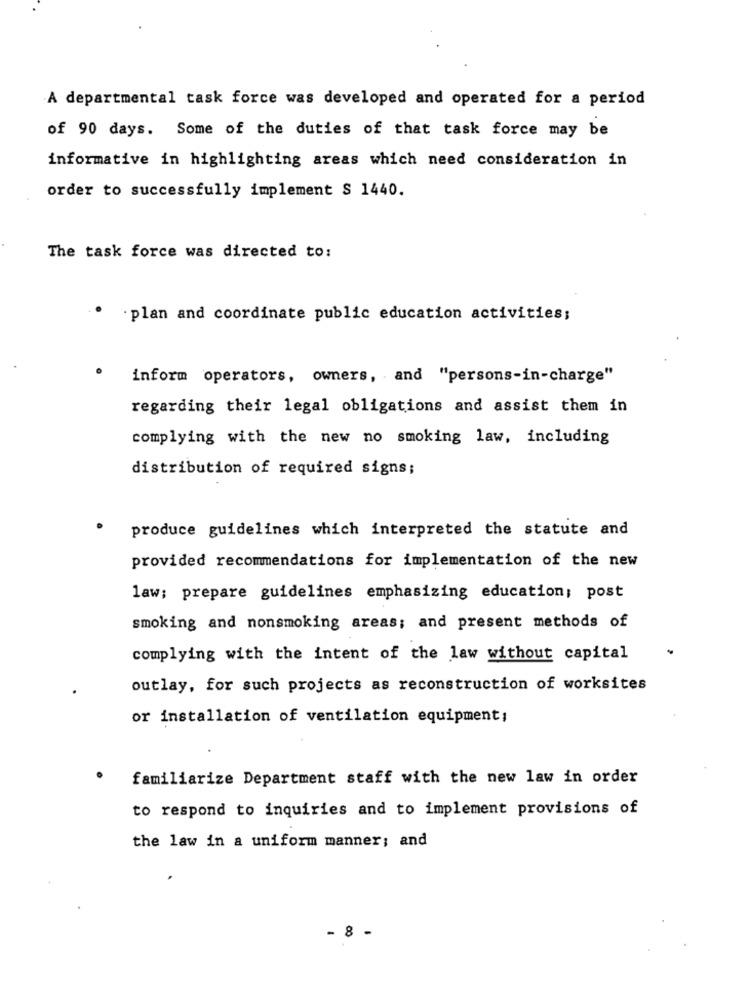
A departmental task force was developed and operated for a period
of 90 days. Some of the duties of that task force may be
informative in highlighting areas which need consideration in
order to successfully implement S 1440.
The task force was directed to:
· plan and coordinate public education activities;
inform operators, owners, and "persons-in-charge"
regarding their legal obligations and assist them in
complying with the new no smoking law, including
distribution of required signs;
produce guidelines which interpreted the statute and
provided recommendations for implementation of the new
law; prepare guidelines emphasizing education; post
smoking and nonsmoking areas; and present methods of
complying with the intent of the law without capital
outlay, for such projects as reconstruction of worksites
or installation of ventilation equipment;
familiarize Department staff with the new law in order
to respond to inquiries and to implement provisions of
the law in a uniform manner; and
- 8 -